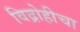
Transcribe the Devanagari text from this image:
विद्रोहीचा